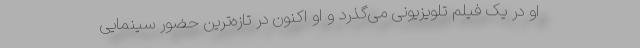
او در یک فیلم‌ تلویزیونی می‌گذرد و او اکنون در تازه‌ترین حضور سینمایی